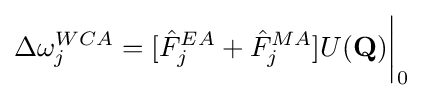
\Delta \omega _{j}^{WCA}=[{\hat {F}}_{j}^{EA}+{\hat {F}}_{j}^{MA}]U(\mathbf {Q} ){\bigg \vert }_{0}